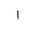
Letter: _alif